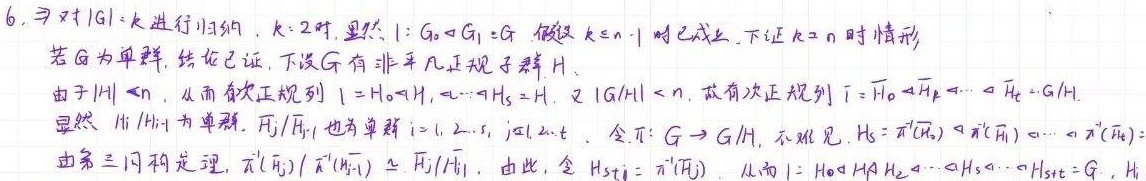
6. 对 \(|G| = k\) 进行归纳。
当 \(k = 2\) 时，显然 \(1=G_{0}\triangleleft G_{1}=G\)。
假设 \(k\leq n - 1\) 时已成立，下证 \(k = n\) 时情形。
若 \(G\) 为单群，结论已证。下设 \(G\) 有非平凡正规子群 \(H\)。
由于 \(|H|\lt n\)，从而有次正规列 \(1 = H_{0}\triangleleft H_{1}\triangleleft\cdots\triangleleft H_{s}=H\)。
又 \(|G/H|\lt n\)，故有次正规列 \(\overline{1}=\overline{H}_{0}\triangleleft\overline{H}_{1}\triangleleft\cdots\triangleleft\overline{H}_{t}=G/H\)。
显然 \(H_{i}/H_{i - 1}\) 为单群，\(\overline{H}_{j}/\overline{H}_{j - 1}\) 也为单群，\(i = 1,2,\cdots,s\)，\(j = 1,2,\cdots,t\)。
令 \(\pi:G\rightarrow G/H\)，不难见 \(H_{s}\pi^{-1}(\overline{H}_{0})\triangleleft\pi^{-1}(\overline{H}_{1})\triangleleft\cdots\triangleleft\pi^{-1}(\overline{H}_{t})\)。
由第三同构定理，\(\pi^{-1}(\overline{H}_{j})/\pi^{-1}(\overline{H}_{j - 1})\cong\overline{H}_{j}/\overline{H}_{j - 1}\)。
由此，令 \(H_{s + j}=\pi^{-1}(\overline{H}_{j})\)，从而 \(1 = H_{0}\triangleleft H_{1}\triangleleft\cdots\triangleleft H_{s}\triangleleft\cdots\triangleleft H_{s + t}=G\)，且